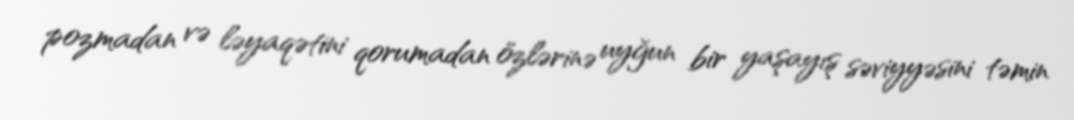
pozmadan və ləyaqətini qorumadan özlərinə uyğun bir yaşayış səviyyəsini təmin